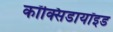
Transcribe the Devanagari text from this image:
कॉक्सिडायॉइड